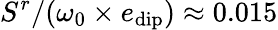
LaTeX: S^{r}/(\omega_{0}\times e_{\mathrm{dip}})\approx 0.015